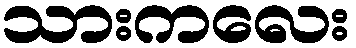
သားကလေး